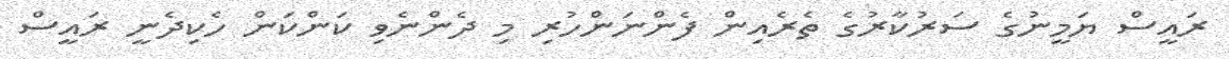
ރައީސް ޔަމީނުގެ ސަރުކާރުގެ ތެރެއިން ފެންނަންހުރި މި ދެންނެވި ކަންކަން ހެކިދެނީ ރައީސް